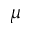
\mu